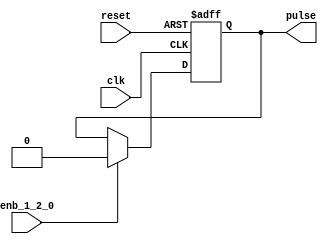
// -------------------------------------------------------------
// 
// 
// Generated by MATLAB 9.13 and HDL Coder 4.0
// 
// -------------------------------------------------------------


// -------------------------------------------------------------
// 
// Module: whdlOFDMTx_Pulse_Generator
// Source Path: whdlOFDMTx/Frame Controller and Input Sampler/Frame Controller/Generate OFDM Modulator Ready/Control 
// OFDM Signal Generation/Pulse Generato
// Hierarchy Level: 7
// 
// -------------------------------------------------------------

`timescale 1 ns / 1 ns

module whdlOFDMTx_Pulse_Generator
          (clk,
           reset,
           enb_1_2_0,
           pulse);


  input   clk;
  input   reset;
  input   enb_1_2_0;
  output  pulse;


  wire Constant_out1;
  wire Logical_Operator4_out1;
  reg  Delay3_out1;
  wire Logical_Operator3_out1;


  assign Constant_out1 = 1'b1;



  assign Logical_Operator4_out1 =  ~ Constant_out1;



  always @(posedge clk or posedge reset)
    begin : Delay3_process
      if (reset == 1'b1) begin
        Delay3_out1 <= 1'b1;
      end
      else begin
        if (enb_1_2_0) begin
          Delay3_out1 <= Logical_Operator4_out1;
        end
      end
    end



  assign Logical_Operator3_out1 = Constant_out1 & Delay3_out1;



  assign pulse = Logical_Operator3_out1;

endmodule  // whdlOFDMTx_Pulse_Generator